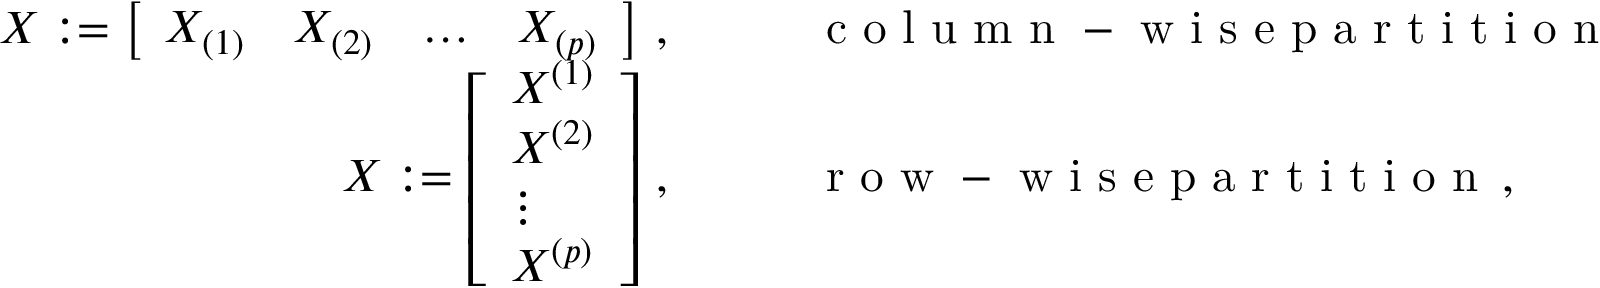
\begin{array} { r l } { X : = \left[ \begin{array} { l l l l } { X _ { ( 1 ) } } & { X _ { ( 2 ) } } & { \ldots } & { X _ { ( p ) } } \end{array} \right] \, , \quad \quad } & { { } \mathrm { ~ c ~ o ~ l ~ u ~ m ~ n ~ - ~ w ~ i ~ s ~ e ~ p ~ a ~ r ~ t ~ i ~ t ~ i ~ o ~ n ~ } \, , } \\ { X : = \left[ \begin{array} { l } { X ^ { ( 1 ) } } \\ { X ^ { ( 2 ) } } \\ { \vdots } \\ { X ^ { ( p ) } } \end{array} \right] \, , \quad \quad } & { { } \mathrm { ~ r ~ o ~ w ~ - ~ w ~ i ~ s ~ e ~ p ~ a ~ r ~ t ~ i ~ t ~ i ~ o ~ n ~ } \, , } \end{array}